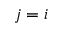
j = i